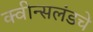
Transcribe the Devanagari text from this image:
क्वीन्सलंडचे